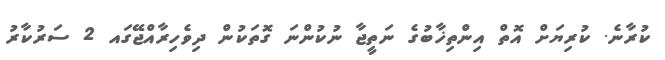
ކުރާނެ. ކުރިޔަށް އޮތް އިންތިޚާބުގެ ނަތީޖާ ނުކުންނަ ގޮތަކުން ދިވެހިރާއްޖޭގައ 2 ސަރުކާރު